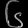
Digit: ၆